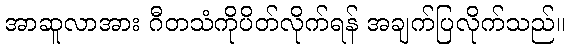
အာဆူလာအား ဂီတသံကိုပိတ်လိုက်ရန် အချက်ပြလိုက်သည်။